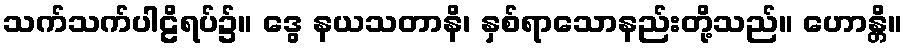
သက်သက်ပါဠိရပ်၌။ ဒွေ နယသတာနိ၊ နှစ်ရာသောနည်းတို့သည်။ ဟောန္တိ။